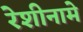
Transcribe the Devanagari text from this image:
रेशीनामे